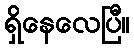
ရှိနေလေပြီ။